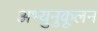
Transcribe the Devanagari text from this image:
अभ्युनुकूलन